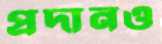
প্রদানও